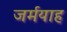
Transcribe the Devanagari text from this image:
जर्मयाह